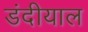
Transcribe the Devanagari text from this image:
डंदीयाल